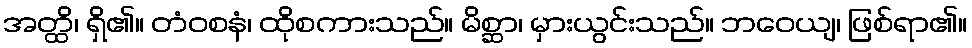
အတ္ထိ၊ ရှိ၏။ တံဝစနံ၊ ထိုစကားသည်။ မိစ္ဆာ၊ မှားယွင်းသည်။ ဘဝေယျ၊ ဖြစ်ရာ၏။